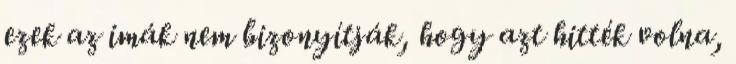
ezek az imák nem bizonyítják, hogy azt hitték volna,